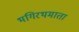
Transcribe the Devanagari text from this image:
भगिरथमाता